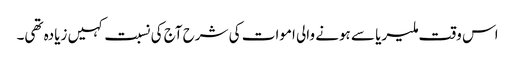
اس وقت ملیریا سے ہونے والی اموات کی شرح آج کی نسبت کہیں زیادہ تھی۔